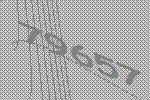
79657